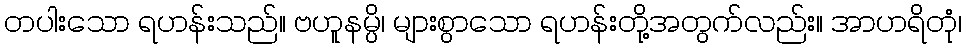
တပါးသော ရဟန်းသည်။ ဗဟူနမ္ပိ၊ များစွာသော ရဟန်းတို့အတွက်လည်း။ အာဟရိတုံ၊